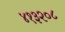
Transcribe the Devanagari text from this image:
४१३२०८